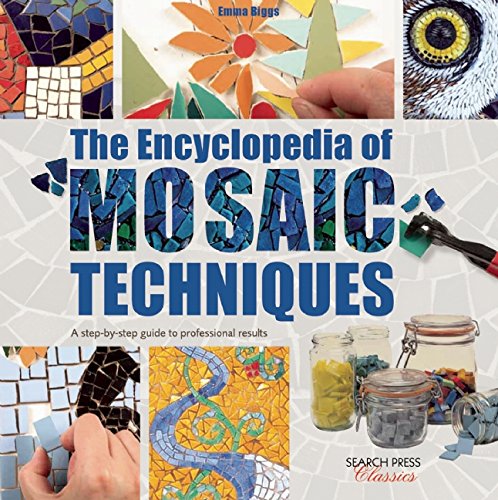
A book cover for The Encyclopedia of Mosaic Techniques: A Step-by-Step Visual Dictionary with an Inspirational Gallery of Finished works (Search Press Classics); Emma Biggs; Crafts, Hobbies & Home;